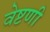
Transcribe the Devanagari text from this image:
वेष्टणी